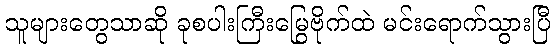
သူများတွေသာဆို ခုစပါးကြီးမြွေဗိုက်ထဲ မင်းရောက်သွားပြီ